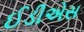
ઈડીએસ